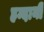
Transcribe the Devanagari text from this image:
हम्दानी